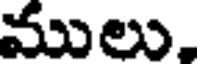
ములు,